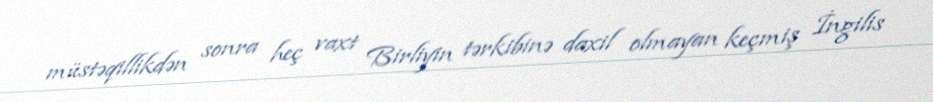
müstəqillikdən sonra heç vaxt Birliyin tərkibinə daxil olmayan keçmiş İngilis